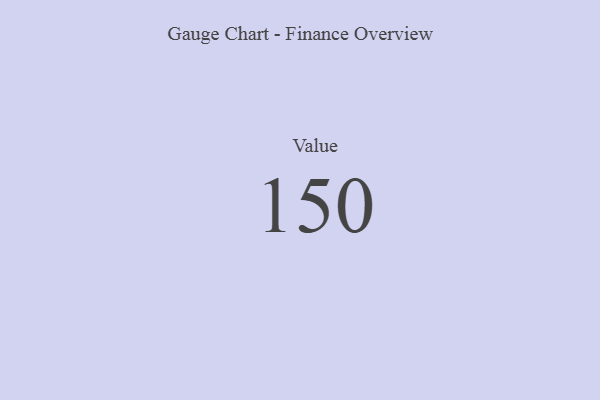
{"axis": {"x": "Metric", "y": "Value"}, "legend": [""], "data": [{"x": "Value", "y": 150, "type": ""}]}